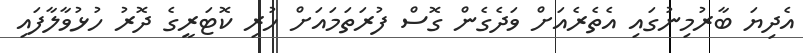
އެދިޔަ ބާރުމިނުގައި އެތެރެއަށް ވަދެގެން ގޮސް ފުރަތަމައަށް ހުރި ކޮޓަރީގެ ދޮރު ހުޅުވާލާފައި